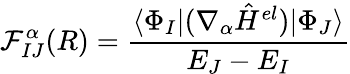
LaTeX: \mathcal{F}_{IJ}^{\alpha}(R)=\frac{\langle\Phi_{I}|(\nabla_{\alpha}\hat{H}^{el})|\Phi_{J}\rangle}{E_{J}-E_{I}}